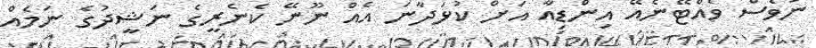
ނުވެސް ވެއްޓޭނެއޭ އިންޑިއާ އަށް ކުޅަދާނަ އެއް ނޫނޭ ކެނެރީގެ ނަޝީދުގެ ނަމެއް